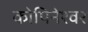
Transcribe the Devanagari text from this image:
कोपिनेश्वर